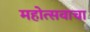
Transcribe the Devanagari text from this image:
महोत्सवाचा